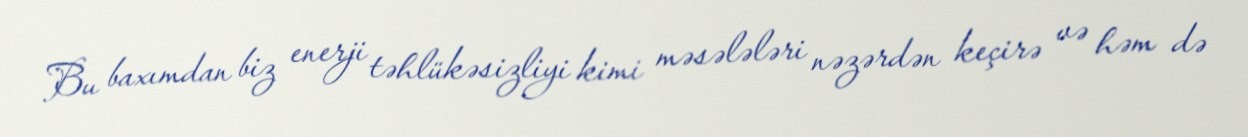
Bu baxımdan biz enerji təhlükəsizliyi kimi məsələləri nəzərdən keçirə və həm də